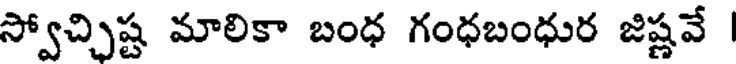
స్వోచ్చిష్ట మాలికా బంధ గంధబంధుర జిష్ణవే